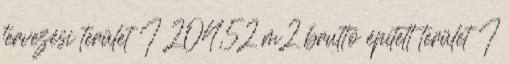
tervezési terület I 204,52 m2 bruttó épített terület I